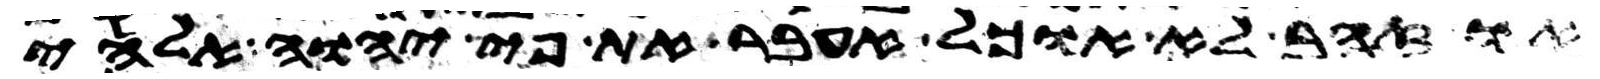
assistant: או זהב לא אוכל אעבר את פי יהוה אלהי